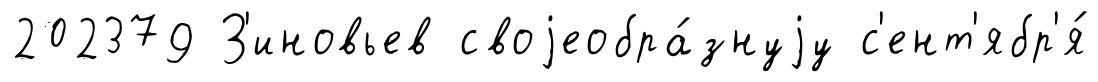
202379 З'иновьев своjеобра́знуjу с'ент'ябр'я́